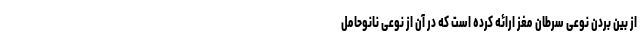
از بین بردن نوعی سرطان مغز ارائه کرده است که در آن از نوعی نانوحامل